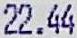
22.44